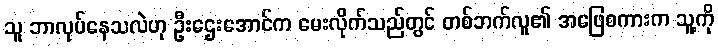
သူ ဘာလုပ်နေသလဲဟု ဦးဌေးအောင်က မေးလိုက်သည်တွင် တစ်ဘက်လူ၏ အဖြေစကားက သူ့ကို